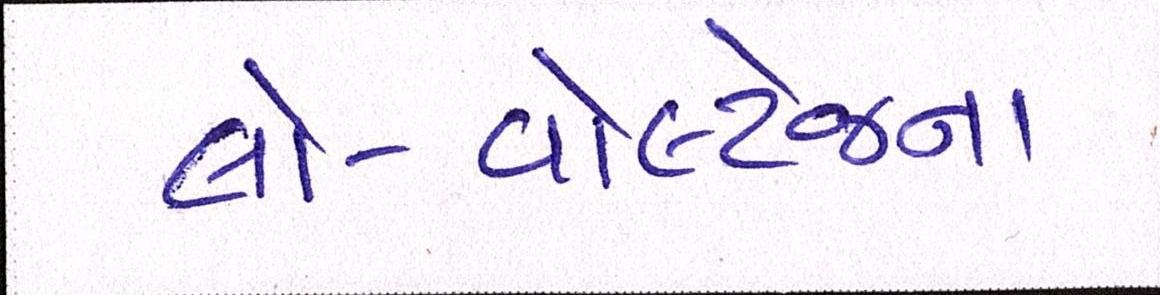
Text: લો-વોલ્ટેજના